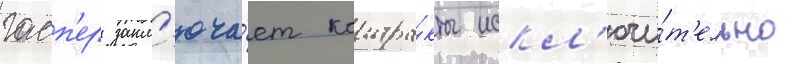
гасп'ер закл'юча́ет контра́кты искл'ючи́т'ельно